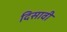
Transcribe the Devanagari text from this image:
दिसावी